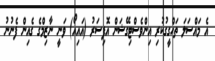
އެ މައްސަލަ ތަހްގީގުކުރި އިންވެސްޓިގޭޝަން އޮފިސަރު (އައިއޯ) ވަނީ ނާޒިމްގެ ގެއިން ފެނުނު